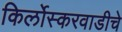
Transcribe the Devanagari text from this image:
किर्लोस्करवाडीचे